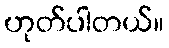
ဟုတ်ပါတယ်။